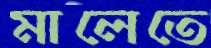
মালেতে